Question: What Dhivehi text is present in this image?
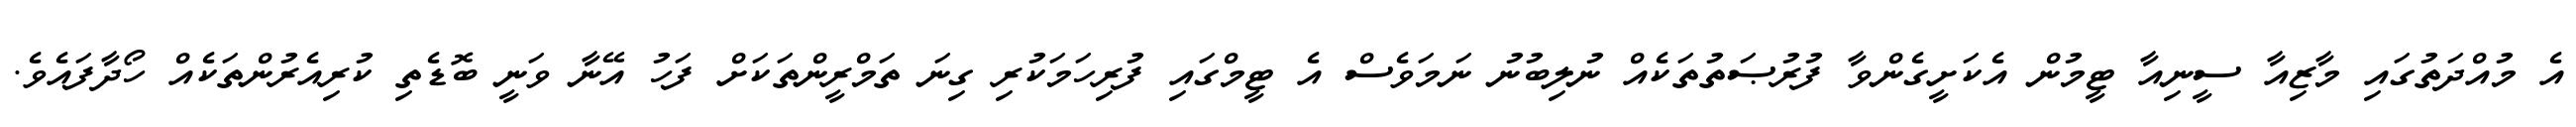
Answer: އެ މުއްދަތުގައި މާޒިއާ ސީނިއާ ޓީމުން އެކަށީގެންވާ ފުރުޞަތުތަކެއް ނުލިބުނު ނަމަވެސް އެ ޓީމްގައި ފުރިހަމަކުރި ގިނަ ތަމްރީންތަކަށް ފަހު އޭނާ ވަނީ ބޮޑެތި ކުރިއެރުންތަކެއް ހޯދާފައެވެ.